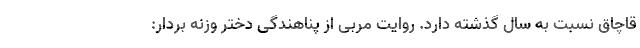
قاچاق نسبت به سال گذشته دارد. روایت مربی از پناهندگی دختر وزنه بردار: